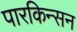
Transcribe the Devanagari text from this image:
पारकिन्सन